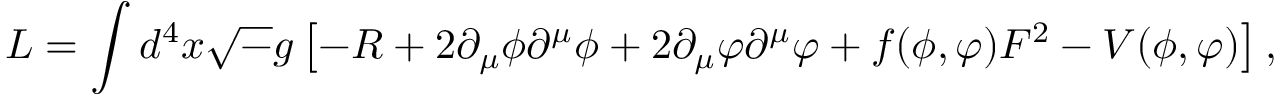
{ \cal L } = \int d ^ { 4 } x { \sqrt - g } \left[ - R + 2 \partial _ { \mu } \phi \partial ^ { \mu } \phi + 2 \partial _ { \mu } \varphi \partial ^ { \mu } \varphi + f ( \phi , \varphi ) F ^ { 2 } - V ( \phi , \varphi ) \right] ,